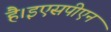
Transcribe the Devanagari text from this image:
है।इएसपीएन